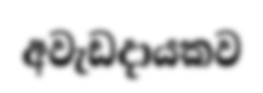
අවැඩදායකව